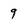
Character: 9